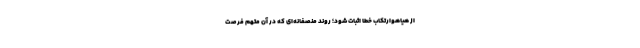
از هیاهوارتکاب خطا اثبات شود؛ روند منصفانه‌ای که در آن متهم فرصت